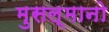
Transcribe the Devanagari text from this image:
मुसल्मानो